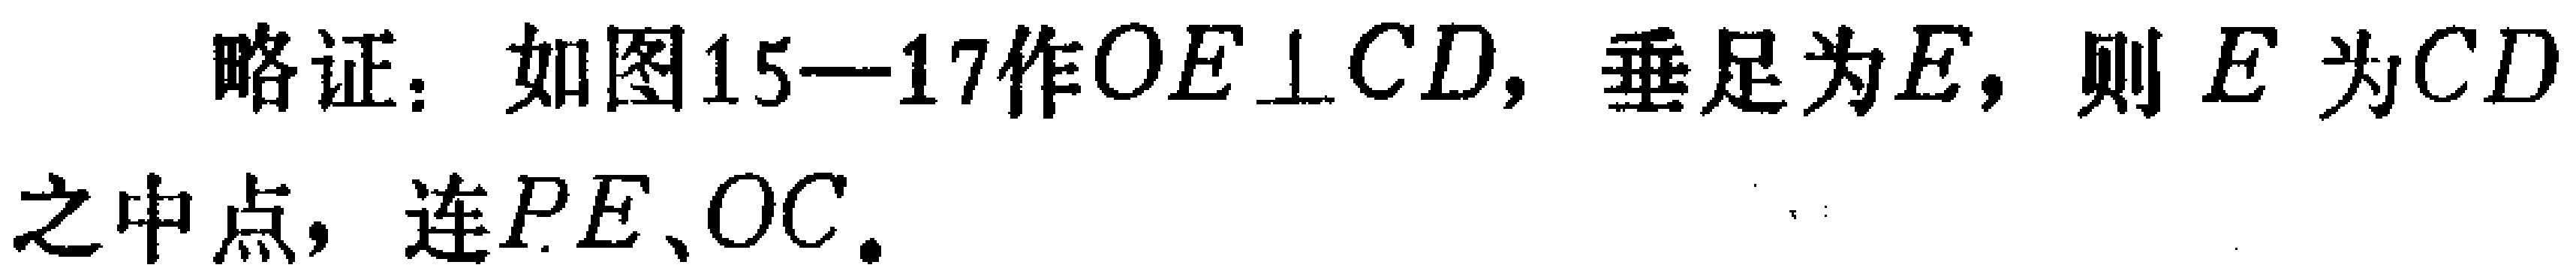
略证：如图15—17作\(OE\perp CD\)，垂足为\(E\)，则 \(E\) 为\(CD\)之中点，连\(PE\)、\(OC\)。